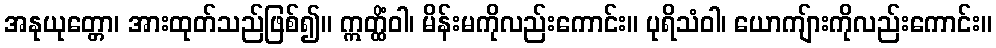
အနုယုတ္တော၊ အားထုတ်သည်ဖြစ်၍။ ဣတ္ထိံဝါ၊ မိန်းမကိုလည်းကောင်း။ ပုရိသံဝါ၊ ယောကျ်ားကိုလည်းကောင်း။